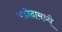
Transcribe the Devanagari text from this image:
बडोदामध्ये